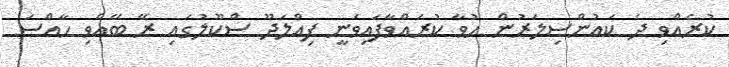
ކުރެއްވި ދެ ކައުންސިލަރުން ހުވާ ކުރައްވާފައިވަނީ ފިއްލަދޫ ސްކޫލުގައި ރޭ ބޭއްވި ހާއްސަ